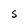
Character: S